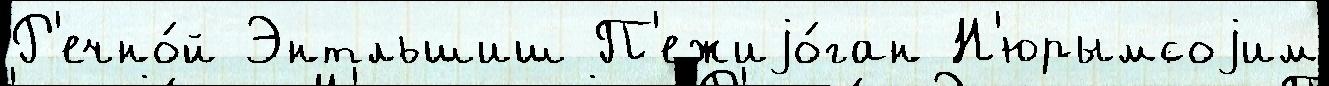
Р'ечно́й Энтльшиш П'ежиjо́ган Н'юрымсоjим